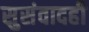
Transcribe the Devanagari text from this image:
सुसंवादही